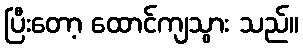
ပြီးတော့ ထောင်ကျသွား သည်။